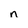
Character: n